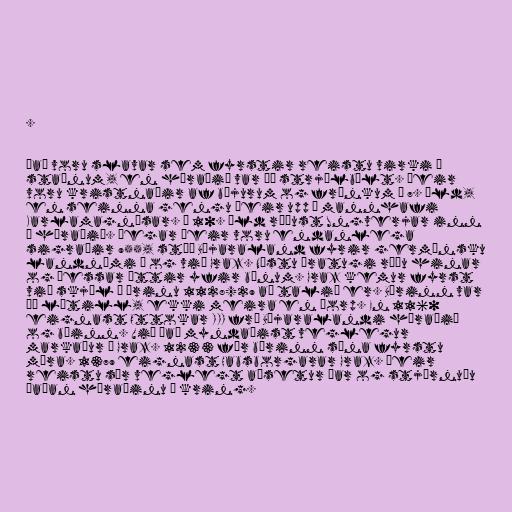
.

Það voru slavar sem fyrstir reistu virki á
staðnum, en héraðið var þá strjálbýlt. Þeir
voru kristnaðir af bæjurum og frönkum á 7. öld,
en seinna gengu þeir upp í mannhafi
Karlamagnúsar. Á 10. öld réðust Ungverjar inn
í héraðið. Þegar þeir voru endanlega
sigraðir 955, stóð Bæjaraland fyrir germönsku
landnámi í og við Graz. Næstu áratugi réðu hinar
og þessar ættir yfir bænum. Graz kemur fyrst
við skjöl á árinu 1128/29 að talið er. Bærinn var
þá lítill, ekki meira en þorp. En 1160
eignast Ottokar III frá Bæjaralandi héraðið
og bæinn. Við það myndaðist veglegur
markaður í Graz. 1233 fær bærinn sína fyrstu
múra. 1379 eignast Habsborgarar Graz. Þeir
reistu sér veglegt aðsetur þar og stjórnuðu
þaðan héraðinu í kring.